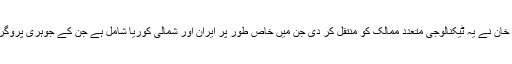
پھر 1990 کی دہائی کے دوران ہی ڈاکٹر قدیر خان نے یہ ٹیکنالوجی متعدد ممالک کو منتقل کر دی جن میں خاص طور پر ایران اور شمالی کوریا شامل ہے جن کے جوہری پروگرام پرامریکہ میں خاصی تشویش پائی جاتی ہے۔